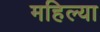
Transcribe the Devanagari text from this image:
महिल्या